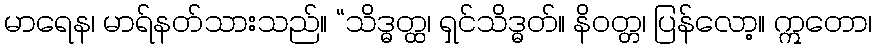
မာရေန၊ မာရ်နတ်သားသည်။ “သိဒ္ဓတ္ထ၊ ရှင်သိဒ္ဓတ်။ နိဝတ္တ၊ ပြန်လော့။ ဣတော၊